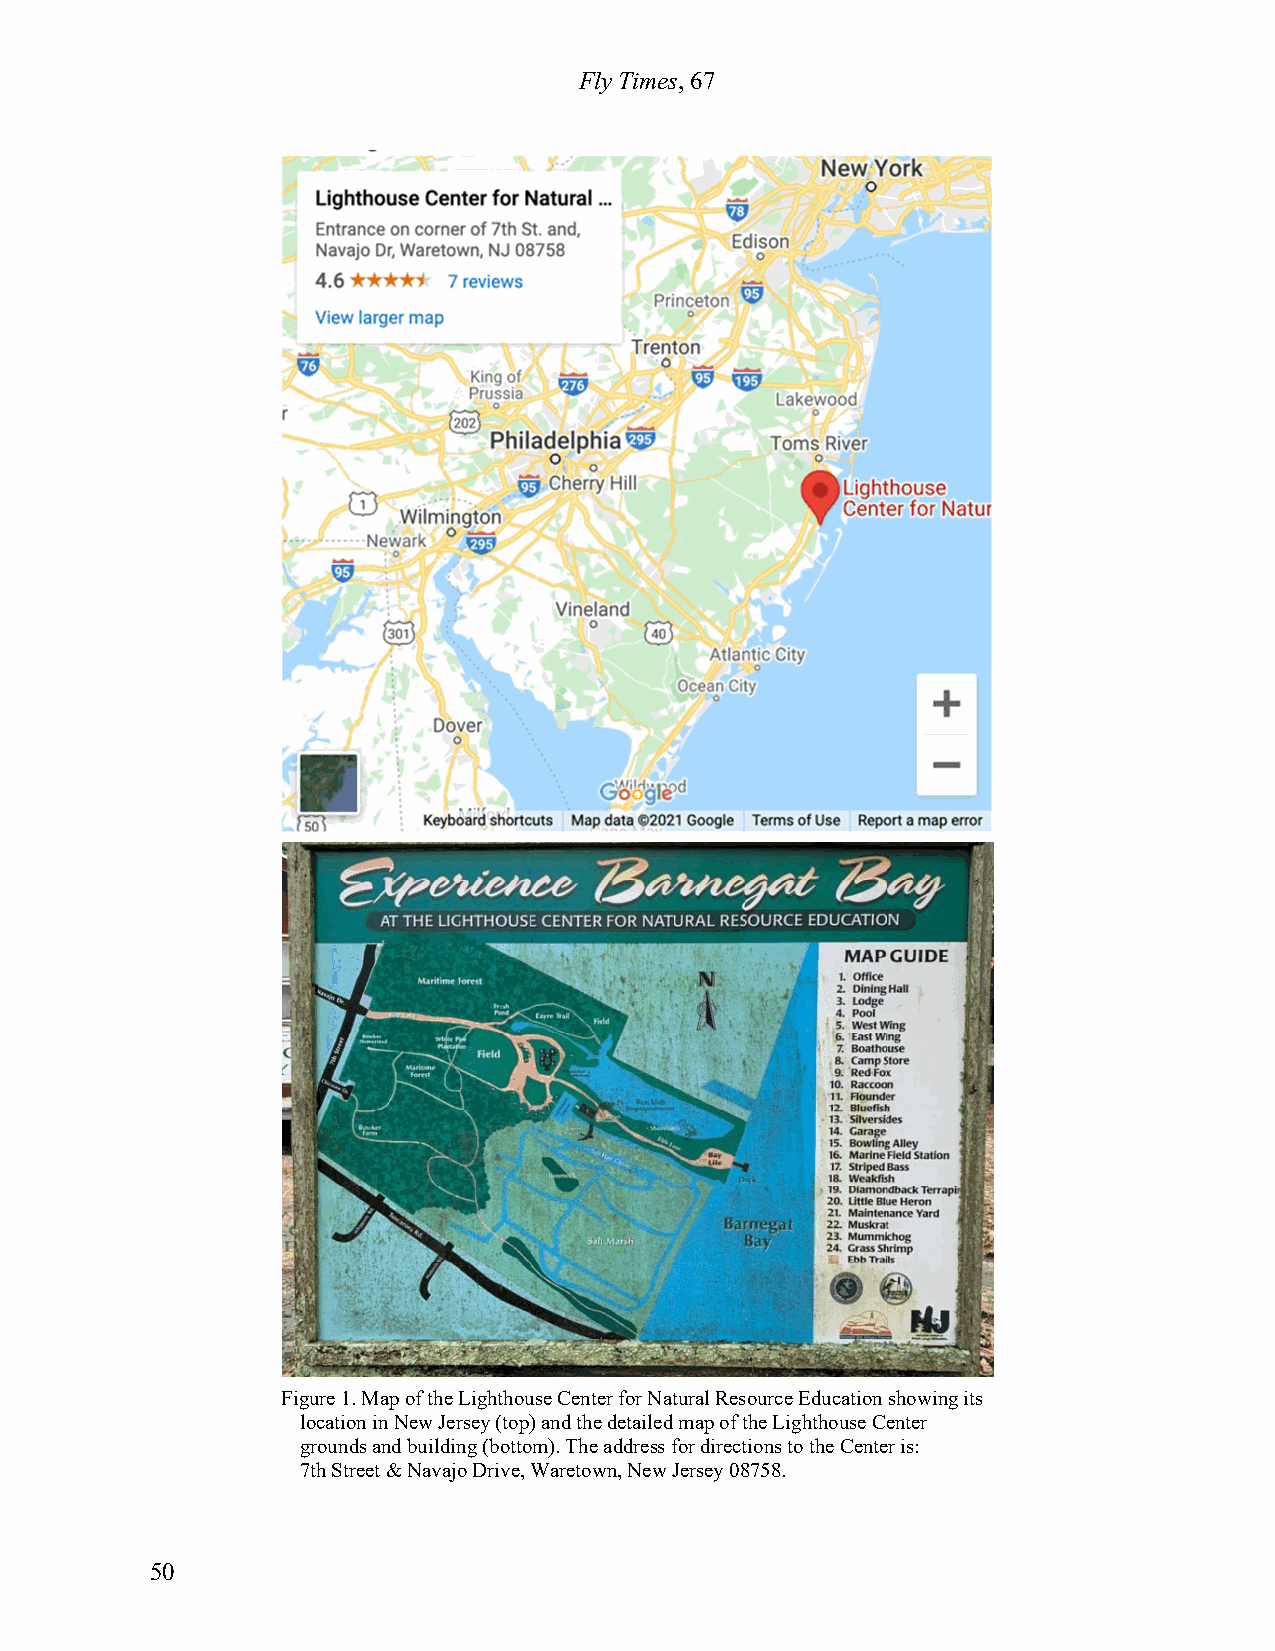
Fly Times, 67
 Figure 1. Map of the Lighthouse Center for Natural Resource Education showing its
 location in New Jersey (top) and the detailed map of the Lighthouse Center
 grounds and building (bottom). The address for directions to the Center is:
 7th Street & Navajo Drive, Waretown, New Jersey 08758.
 50